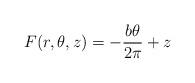
LaTeX: \begin{align*}F(r,\theta,z)=-\frac{b\theta}{2\pi}+z\end{align*}